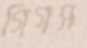
গিগস